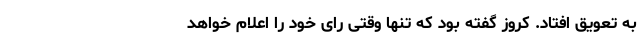
به تعویق افتاد. کروز گفته بود که تنها وقتی رای خود را اعلام خواهد